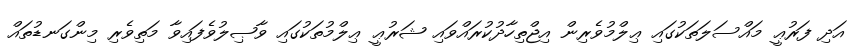
އަދި ފަރުޢީ މައްސަލަތަކުގައި ޢިލްމުވެރިން އިޖްތިހާދުކުރައްވައި ޝަރުޢީ ޢިލްމުތަކުގައި ވާޞިލުވެފައިވާ މަތިވެރި މިންގަނޑުތައް